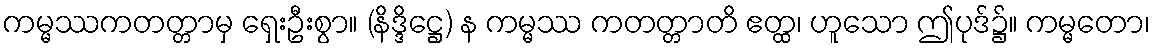
ကမ္မဿကတတ္တာမှ ရှေးဦးစွာ။ (နိဒ္ဒိဋ္ဌေ) န ကမ္မဿ ကတတ္တာတိ ဧတ္ထ၊ ဟူသော ဤပုဒ်၌။ ကမ္မတော၊